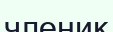
членик